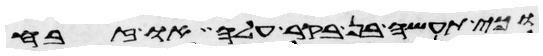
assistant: וכי תעשה בן בקר עלה או זבח